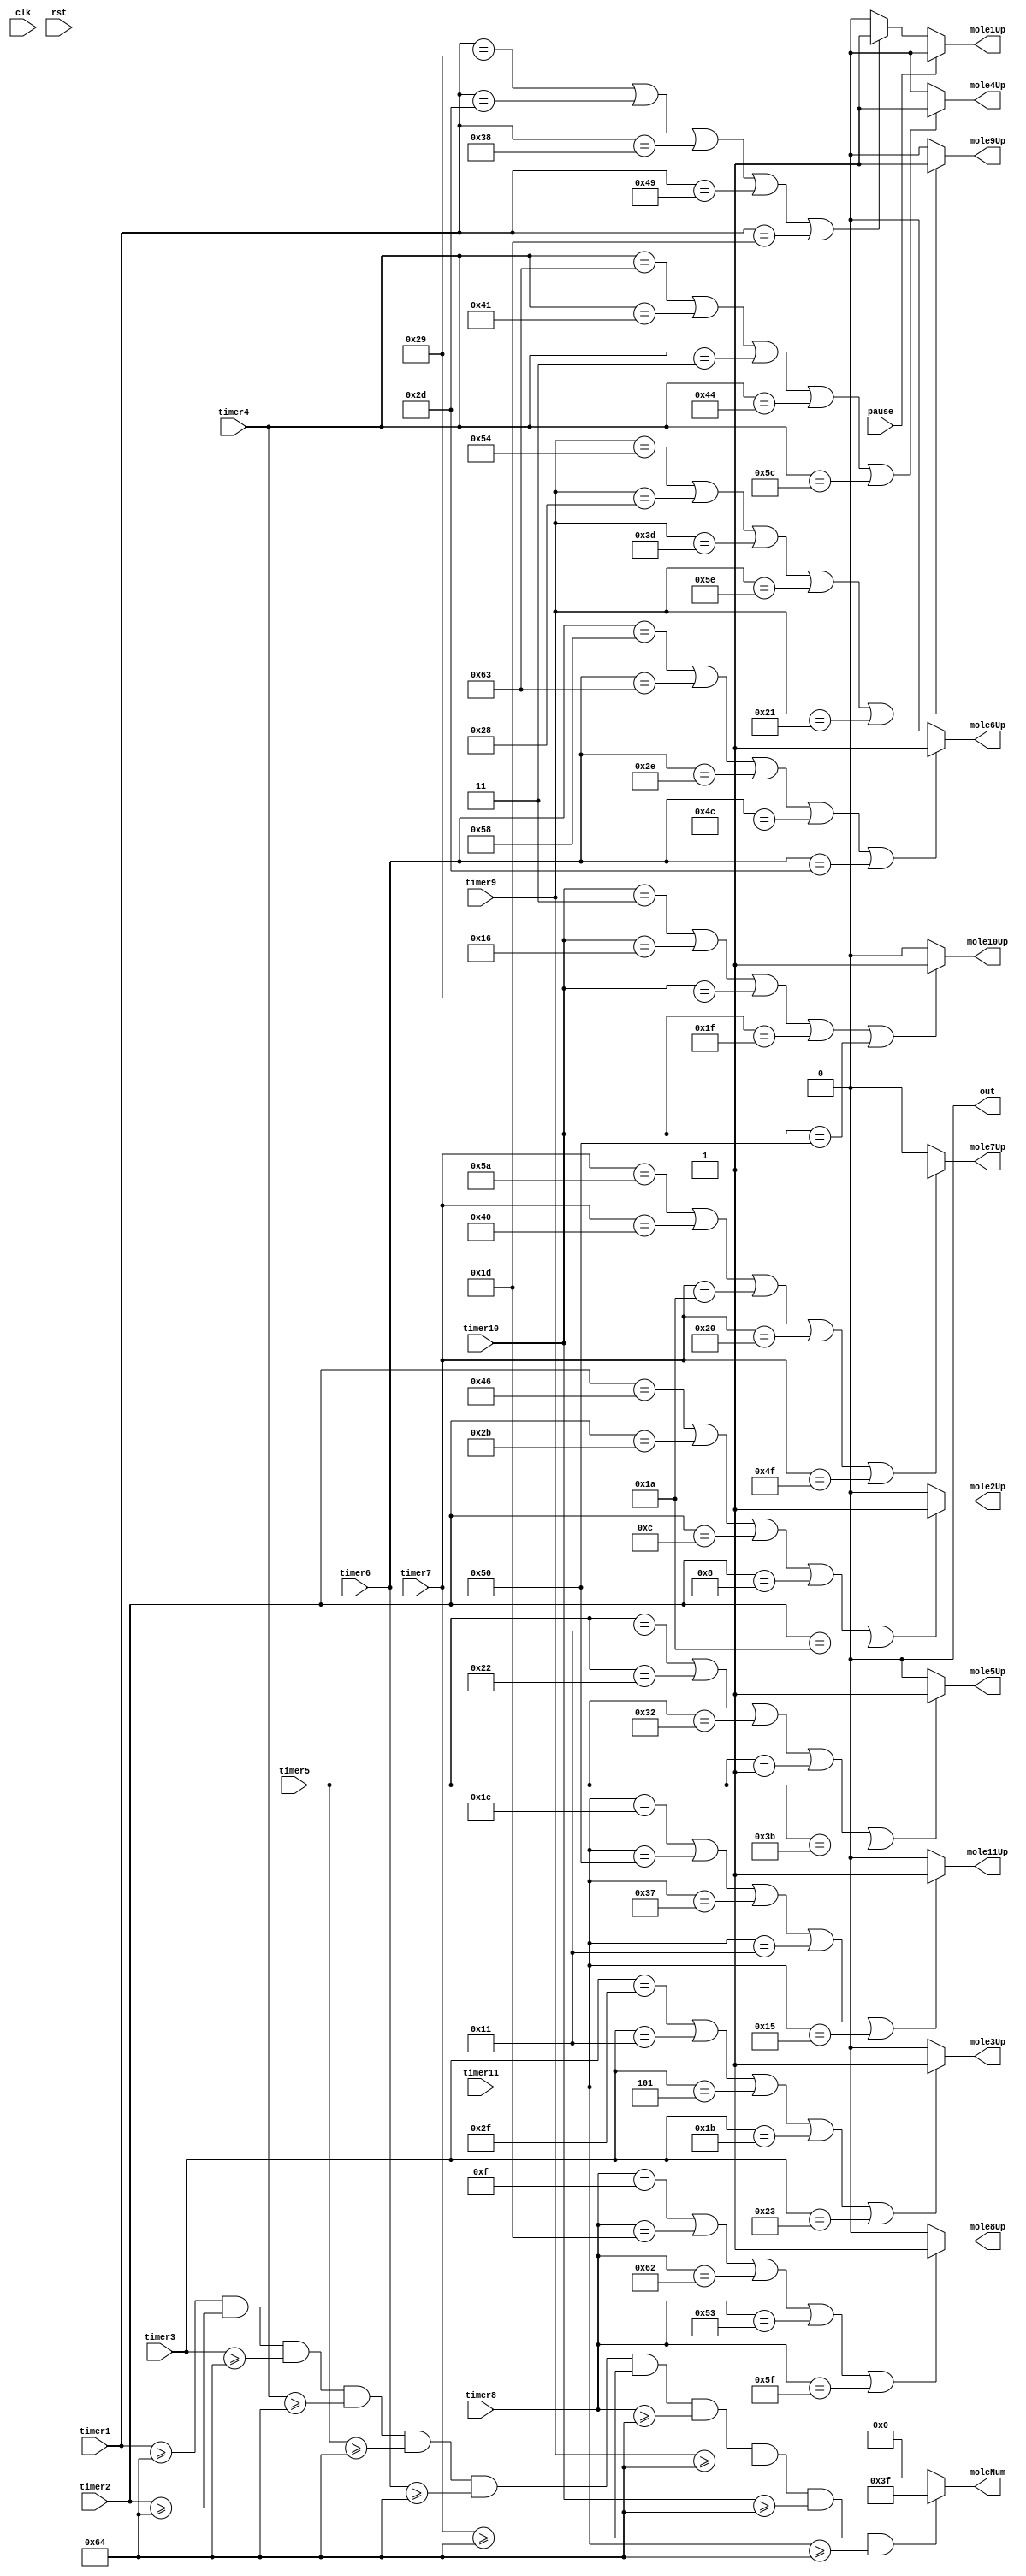
/*
   This file was generated automatically by the Mojo IDE version B1.3.6.
   Do not edit this file directly. Instead edit the original Lucid source.
   This is a temporary file and any changes made to it will be destroyed.
*/

module lightup_3_4 (
    input clk,
    input rst,
    output reg out,
    output reg mole1Up,
    output reg mole2Up,
    output reg mole3Up,
    output reg mole4Up,
    output reg mole5Up,
    output reg mole6Up,
    output reg mole7Up,
    output reg mole8Up,
    output reg mole9Up,
    output reg mole10Up,
    output reg mole11Up,
    output reg [5:0] moleNum,
    input [6:0] timer1,
    input [6:0] timer2,
    input [6:0] timer3,
    input [6:0] timer4,
    input [6:0] timer5,
    input [6:0] timer6,
    input [6:0] timer7,
    input [6:0] timer8,
    input [6:0] timer9,
    input [6:0] timer10,
    input [6:0] timer11,
    input pause
  );
  
  
  
  always @* begin
    out = 1'h0;
    if (pause == 1'h1) begin
      mole1Up = 1'h0;
    end else begin
      if (timer1 == 7'h29 || timer1 == 7'h2d || timer1 == 7'h38 || timer1 == 7'h49 || timer1 == 7'h1d) begin
        mole1Up = 1'h1;
      end else begin
        mole1Up = 1'h0;
      end
    end
    if (pause == 2'h2) begin
      mole2Up = 1'h0;
    end else begin
      if (timer2 == 7'h46 || timer2 == 7'h2b || timer2 == 7'h0c || timer2 == 7'h08 || timer2 == 7'h1a) begin
        mole2Up = 1'h1;
      end else begin
        mole2Up = 1'h0;
      end
    end
    if (pause == 2'h3) begin
      mole3Up = 1'h0;
    end else begin
      if (timer3 == 7'h2f || timer3 == 7'h11 || timer3 == 7'h05 || timer3 == 7'h1b || timer3 == 7'h23) begin
        mole3Up = 1'h1;
      end else begin
        mole3Up = 1'h0;
      end
    end
    if (pause == 3'h4) begin
      mole4Up = 1'h0;
    end else begin
      if (timer4 == 7'h63 || timer4 == 7'h41 || timer4 == 7'h03 || timer4 == 7'h44 || timer4 == 7'h5c) begin
        mole4Up = 1'h1;
      end else begin
        mole4Up = 1'h0;
      end
    end
    if (pause == 3'h5) begin
      mole5Up = 1'h0;
    end else begin
      if (timer5 == 7'h11 || timer5 == 7'h22 || timer5 == 7'h32 || timer5 == 7'h01 || timer5 == 7'h3b) begin
        mole5Up = 1'h1;
      end else begin
        mole5Up = 1'h0;
      end
    end
    if (pause == 3'h6) begin
      mole6Up = 1'h0;
    end else begin
      if (timer6 == 7'h58 || timer6 == 7'h63 || timer6 == 7'h2e || timer6 == 7'h4c || timer6 == 7'h2d) begin
        mole6Up = 1'h1;
      end else begin
        mole6Up = 1'h0;
      end
    end
    if (pause == 3'h7) begin
      mole7Up = 1'h0;
    end else begin
      if (timer7 == 7'h5a || timer7 == 7'h40 || timer7 == 7'h1a || timer7 == 7'h20 || timer7 == 7'h4f) begin
        mole7Up = 1'h1;
      end else begin
        mole7Up = 1'h0;
      end
    end
    if (pause == 4'h8) begin
      mole8Up = 1'h0;
    end else begin
      if (timer8 == 7'h0f || timer8 == 7'h1d || timer8 == 7'h62 || timer8 == 7'h53 || timer8 == 7'h5f) begin
        mole8Up = 1'h1;
      end else begin
        mole8Up = 1'h0;
      end
    end
    if (pause == 4'h9) begin
      mole9Up = 1'h0;
    end else begin
      if (timer9 == 7'h54 || timer9 == 7'h28 || timer9 == 7'h3d || timer9 == 7'h5e || timer9 == 7'h21) begin
        mole9Up = 1'h1;
      end else begin
        mole9Up = 1'h0;
      end
    end
    if (pause == 4'ha) begin
      mole10Up = 1'h0;
    end else begin
      if (timer10 == 7'h03 || timer10 == 7'h16 || timer10 == 7'h29 || timer10 == 7'h1f || timer10 == 7'h50) begin
        mole10Up = 1'h1;
      end else begin
        mole10Up = 1'h0;
      end
    end
    if (pause == 4'hb) begin
      mole11Up = 1'h0;
    end else begin
      if (timer11 == 7'h1e || timer11 == 7'h50 || timer11 == 7'h37 || timer11 == 7'h11 || timer11 == 7'h15) begin
        mole11Up = 1'h1;
      end else begin
        mole11Up = 1'h0;
      end
    end
    if (timer1 >= 7'h64 && timer2 >= 7'h64 && timer3 >= 7'h64 && timer4 >= 7'h64 && timer5 >= 7'h64 && timer6 >= 7'h64 && timer7 >= 7'h64 && timer8 >= 7'h64 && timer9 >= 7'h64 && timer10 >= 7'h64 && timer11 >= 7'h64) begin
      moleNum = 6'h3f;
    end else begin
      moleNum = 1'h0;
    end
  end
endmodule